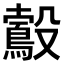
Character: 𣫠